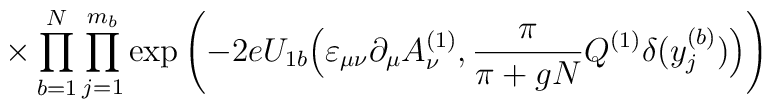
\times \prod_{b=1}^N \prod_{j=1}^{m_b} \exp \left( - 2e U_{1b} \Big( \varepsilon_{\mu \nu} \partial_\mu A_\nu^{(1)},\frac{\pi}{\pi+gN} Q^{(1)} \delta(y^{(b)}_j) \Big) \right)